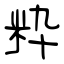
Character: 粋